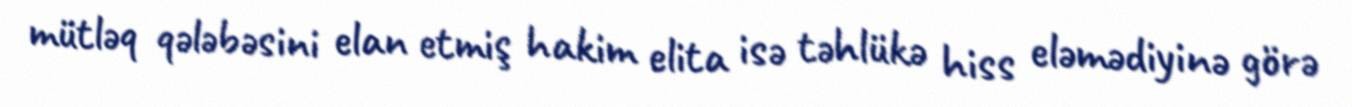
mütləq qələbəsini elan etmiş hakim elita isə təhlükə hiss eləmədiyinə görə